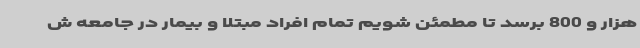
هزار و 800 برسد تا مطمئن شویم تمام افراد مبتلا و بیمار در جامعه ش